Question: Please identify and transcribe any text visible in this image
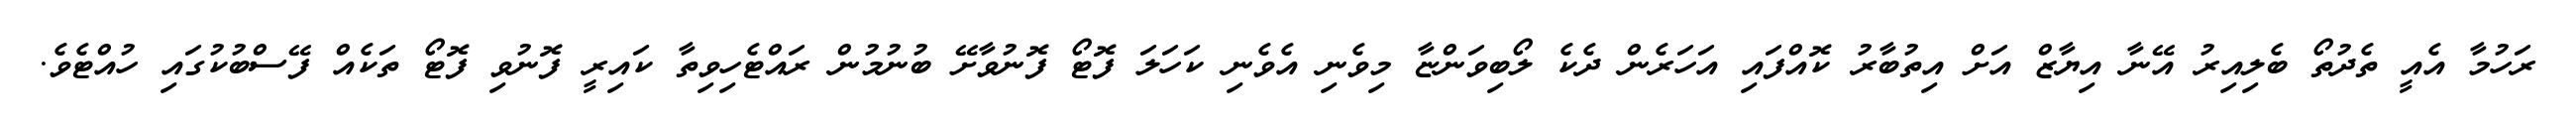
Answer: ރަހުމާ އެއީ ތެދުތޯ ބެލިއިރު އޭނާ އިޔާޒް އަށް އިތުބާރު ކޮއްފައި އަހަރެން ދެކެ ލޯބިވަންޏާ މިވެނި އެވެނި ކަހަލަ ފޮޓޯ ފޮނުވާށޭ ބުނުމުން ރައްޓެހިވިތާ ކައިރީ ފޮނުވި ފޮޓޯ ތަކެއް ފޭސްބުކުގައި ހުއްޓެވެ.